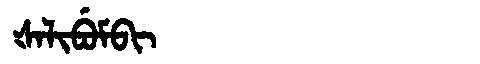
Manchu: ᡧᠠᠯᡳᠪᡠᠮᠪᡳ
Romanization: ŠALIBUMBI